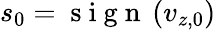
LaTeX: s_{0}=\mathrm{~s~i~g~n~}\left(v_{z,0}\right)